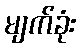
မျက်ခုံး